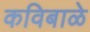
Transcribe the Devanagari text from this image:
कविबाळे